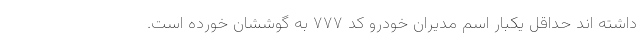
داشته اند حداقل یکبار اسم مدیران خودرو کد ۷۷۷ به گوششان خورده است.